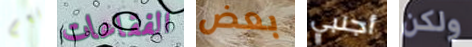
نعم الفقاعات بعض أجنبي ولكن